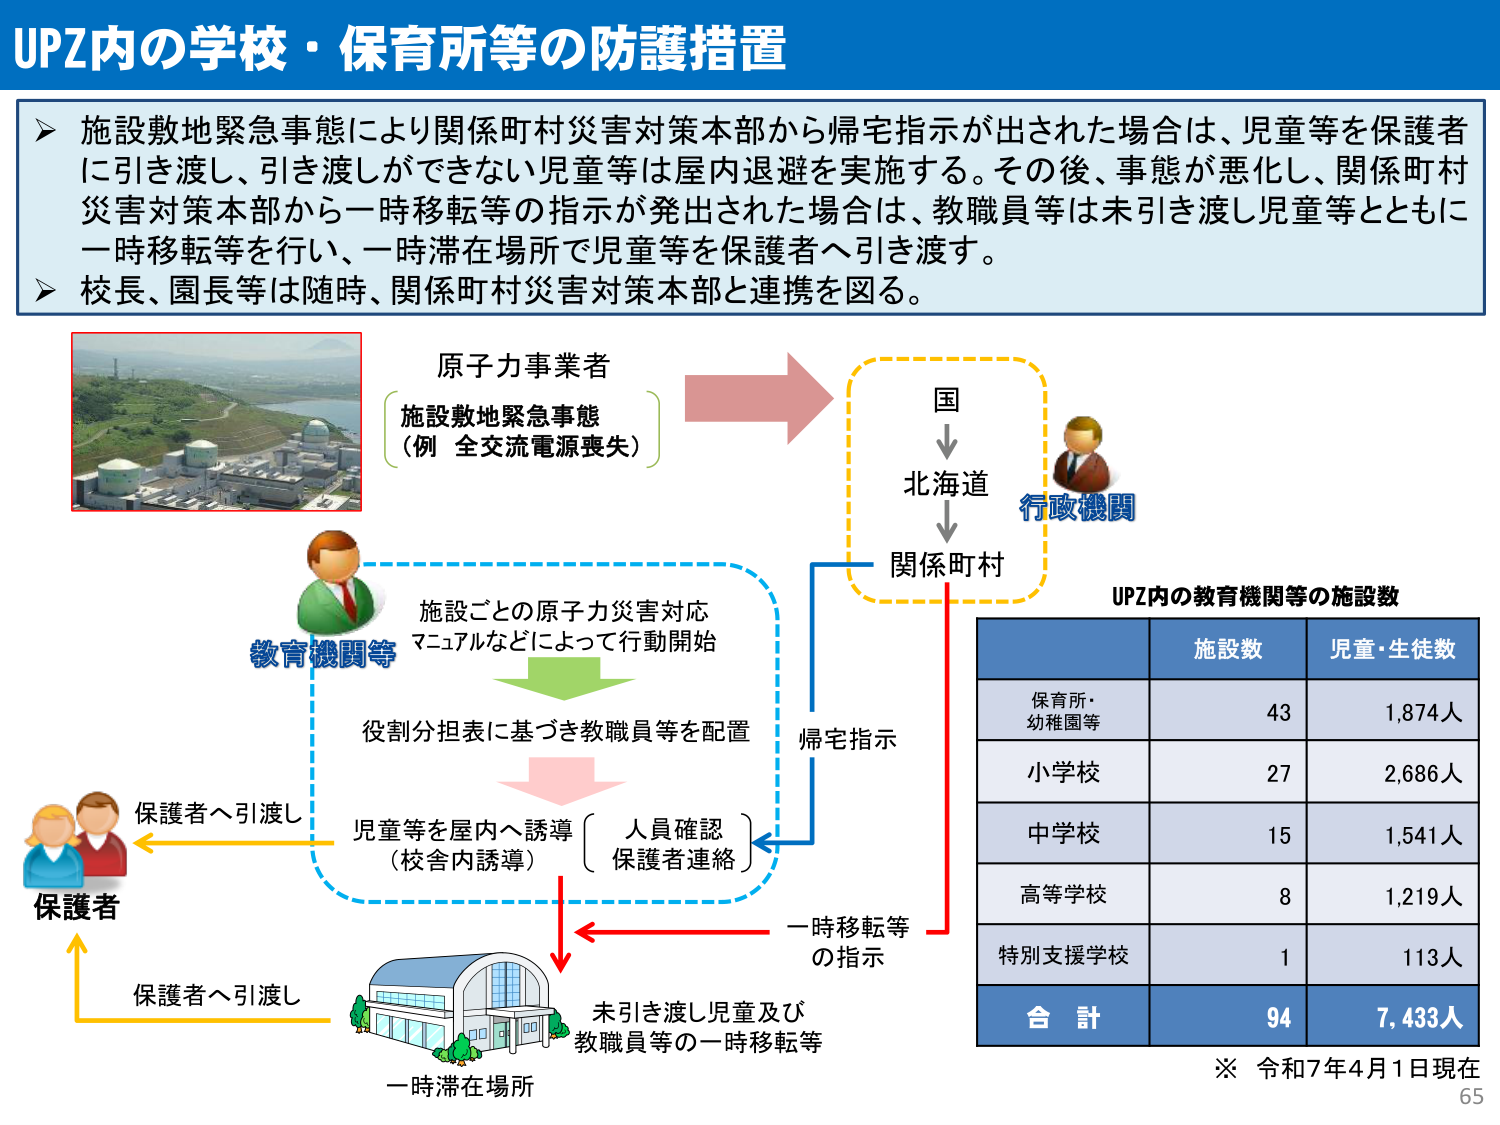
UPZ内の学校・保育所等の防護措置

施設敷地緊急事態により関係町村災害対策本部から帰宅指示が出された場合は、児童等を保護者に引き渡し、引き渡しができない児童等は屋内退避を実施する。その後、事態が悪化し、関係町村災害対策本部から一時移転等の指示が発出された場合は、教職員等は未引き渡し児童等とともに一時移転等を行い、一時滞在場所で児童等を保護者へ引き渡す。
校長、園長等は随時、関係町村災害対策本部と連携を図る。

原子力事業者
（施設敷地緊急事態
（例 全交流電源喪失））

国
↓
北海道
↓
関係町村

行政機関

教育機関等
施設ごとの原子力災害対応
マニュアルなどによって行動開始
役割分担表に基づき教職員等を配置

帰宅指示

児童等を屋内へ誘導
（校舎内誘導）
人員確認
保護者連絡

一時移転等
の指示

保護者へ引渡し

保護者

未引き渡し児童及び
教職員等の一時移転等

一時滞在場所

UPZ内の教育機関等の施設数

施設数 児童・生徒数
保育所・
幼稚園等 43 1,874人
小学校 27 2,686人
中学校 15 1,541人
高等学校 8 1,219人
特別支援学校 1 113人
合計 94 7,433人

※ 令和7年4月1日現在

65